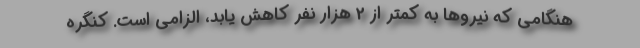
هنگامی که نیروها به کمتر از 2 هزار نفر کاهش یابد، الزامی است. کنگره